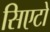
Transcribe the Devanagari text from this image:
सिएटो